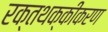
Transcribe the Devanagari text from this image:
रक्तथक्कीकरण